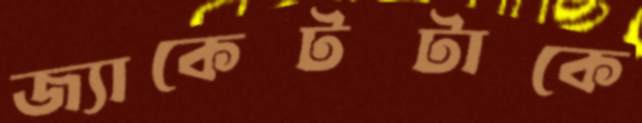
জ্যাকেটটাকে